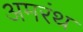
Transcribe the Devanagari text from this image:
अमरंथ